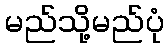
မည်သို့မည်ပုံ